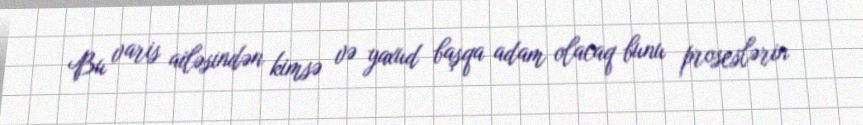
Bu varis ailəsindən kimsə və yaxud başqa adam olacaq bunu proseslərin